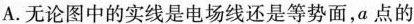
A.无论图中的实线是电场线还是等势面，a点的